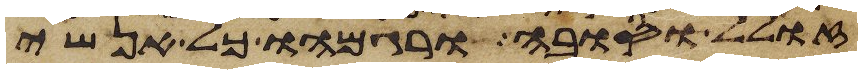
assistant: זולל וסובה ורגמהו כל אנשי